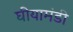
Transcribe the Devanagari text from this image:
घीयामंडी